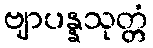
ဗျာပန္နသုတ္တံ